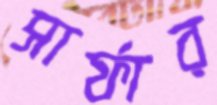
সার্ফার